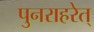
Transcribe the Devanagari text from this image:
पुनराहरेत्